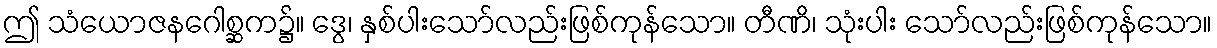
ဤ သံယောဇနဂေါစ္ဆက၌။ ဒွေ၊ နှစ်ပါးသော်လည်းဖြစ်ကုန်သော။ တီဏိ၊ သုံးပါး သော်လည်းဖြစ်ကုန်သော။